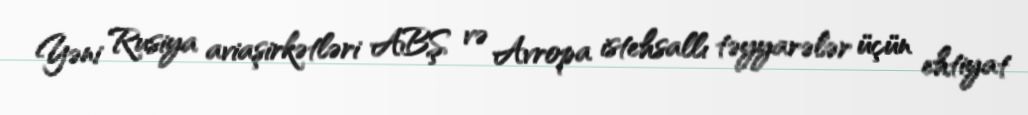
Yəni Rusiya aviaşirkətləri ABŞ və Avropa istehsallı təyyarələr üçün ehtiyat